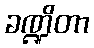
ခဏ္ဍိတာ